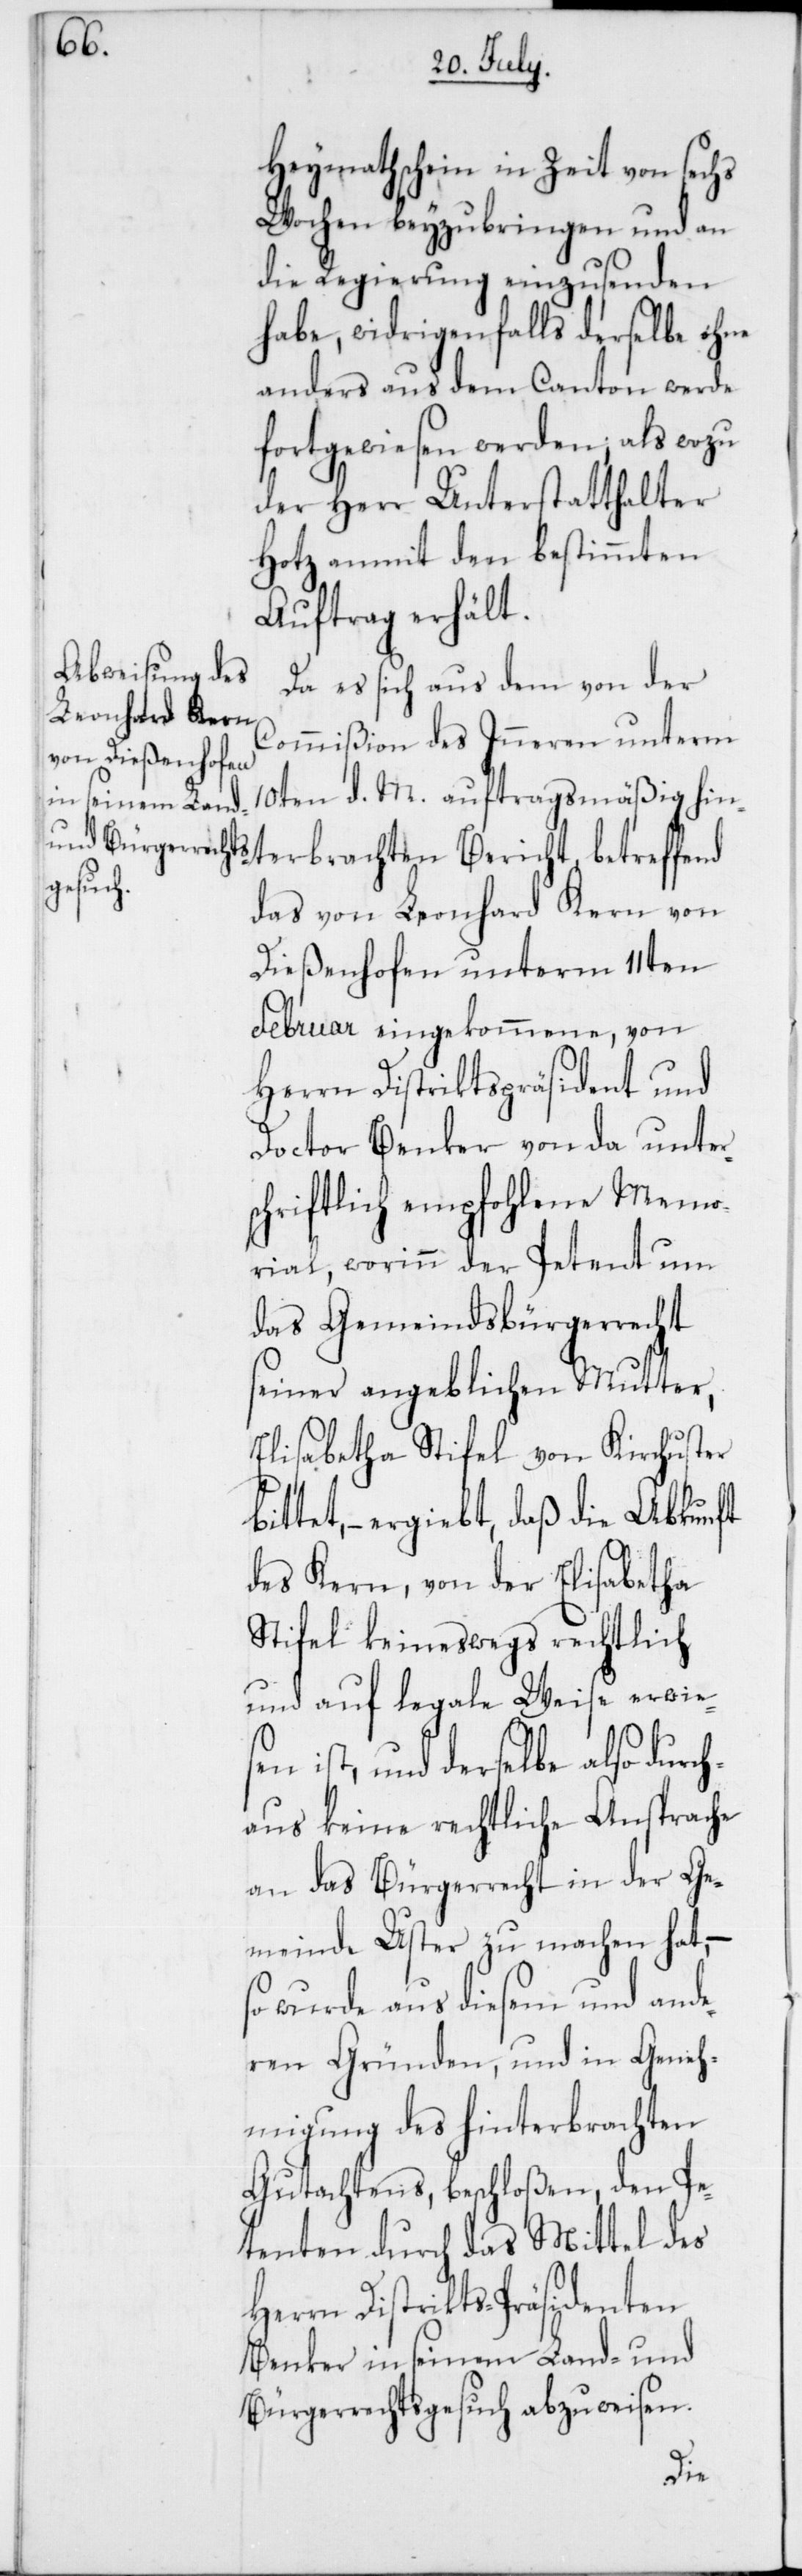
Heymathschein in Zeit von sechs
Wochen beyzubringen und an
die Regierung einzusenden
habe, widrigenfalls derselbe ohne
anders aus dem Canton werde
fortgewiesen werden, als wozu
der Herr Unterstatthalter
Hotz anmit den bestimmten
Auftrag erhält.
Da es sich aus dem von der
terbrachten
Commißion des Inneren unterm
10ten d. M. auftragsmäßig hin¬
das von Leonhard Kern von
Dießenhofen unterm 11ten
Februar eingekommene, von
Herrn Distriktspräsident und
Doctor Benker von da unter¬
schriftlich empfohlene Memo¬
rial, worin der Petent um
das Gemeindsbürgerrecht
seiner angeblichen Mutter,
Elisabetha Stifel von Kirchuster
bittet, – ergibt, daß die Abkunft
des Kern, von der Elisabetha
Stifel keineswegs rechtlich
und auf legale Weise erwies¬
en ist, und derselbe also durch¬
aus keine rechtliche Ansprache
an das Bürgerrecht in der Ge¬
meinde Uster zu machen hat, –
so wurde aus diesem und ande¬
ren Gründen und in Geneh¬
migung des hinterbrachten
Gutachtens, beschloßen, den Pe¬
tenten durch das Mittel des
Herrn Distrikts-Präsidenten
Benker in seinem Land- und
Bürgerrechtsgesuch abzuweisen.